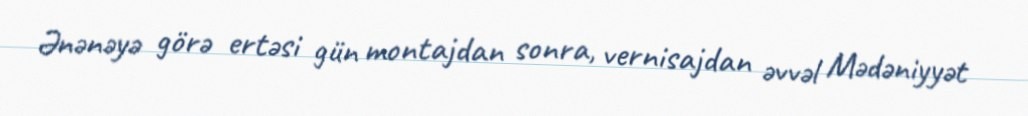
Ənənəyə görə ertəsi gün montajdan sonra, vernisajdan əvvəl Mədəniyyət